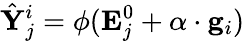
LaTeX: \hat{\mathbf{Y}}_{j}^{i}=\phi(\mathbf{E}_{j}^{0}+\alpha\cdot\mathbf{g}_{i})